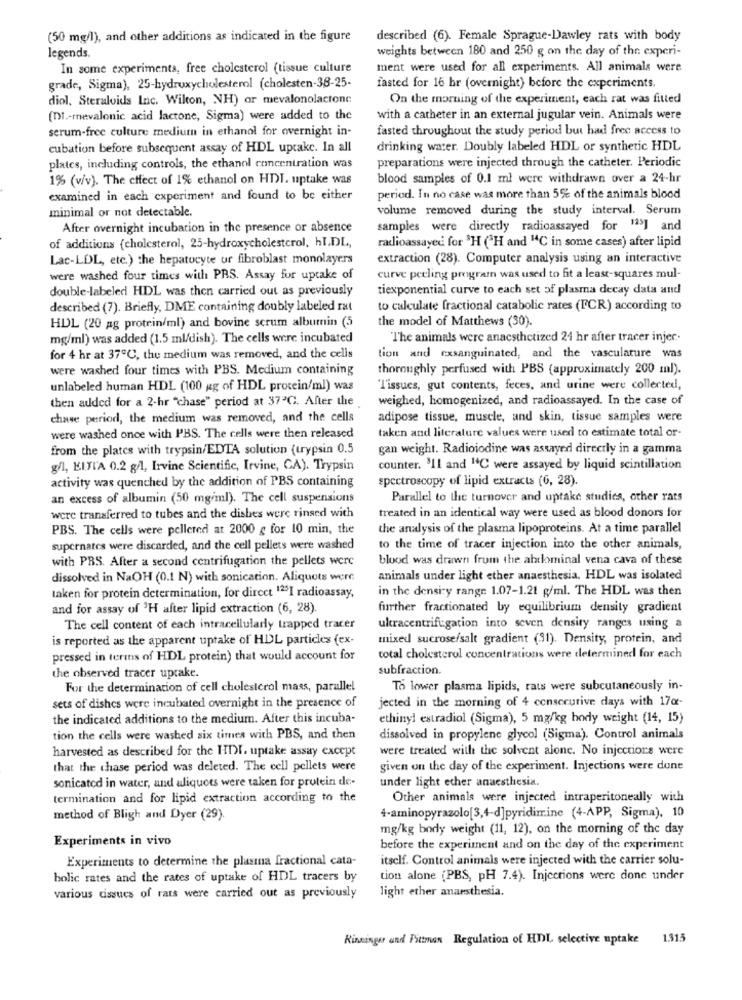
(50 mg/l), and other additions as indicated in the figure
described (6). Female Sprague-Dawley rats with body
legends.
weights between 180 and 250 g on the day of the experi-
In some experiments, free cholesterol (tissue culture
ment were used for all experiments. All animals were
grade, Sigma), 25-hydroxycholesterol (cholesten-38-25-
fasted for 16 hr (overnight) before the experiments.
diol, Steralvids Inc. Wilton, NH) or mevalonolactone
On the morning of the experiment, each rat was fitted
(DI .- mevalonic acid lactone, Sigma) were added to the
with a catheter in an external jugular vein. Animals were
serum-free culture medium in ethanol for overnight in-
fasted throughout the study period but had free access to
cubation before subsequent assay of HDL uptake. In all
drinking water. Doubly labeled HDL or synthetic HDL
preparations were injected through the catheter. Periodic
plates, including controls, the ethanol concentration was
1% (v/v). The effect of 1% ethanol on HDI. uptake was
blood samples of 0.1 ml were withdrawn over a 24-hr
examined in each experiment and found to be either
period. In no case was more than 5% of the animals blood
minimal or not detectable.
volume removed during the study interval. Serum
After overnight incubation in the presence or absence
samples were directly radioassayed for 123] and
of additions (cholesterol, 25-hydroxycholesterol, hl.DL,
radioassayed for "H ("H and "C in some cases) after lipid
Lac-LDL, etc.) the hepatocyte ur fibroblast monolayers
extraction (28). Computer analysis using an interactive
were washed four times with PRS. Assay for uptake of
curve peeling program was used to fit a least-squares mul-
double-labeled HDL was then carried out as previously
tiexponential curve to each set of plasma decay data and
described (7). Briefly, DME containing doubly labeled rat
to calculate fractional catabolic rates (FCR) according to
the model of Matthews (30).
HDL (20 ag protein/ml) and bovine serum albumin (5
mg/ml) was added (1.5 ml/dish). The cells were incubated
The animals were anacsthetized 24 hr after tracer injer.
for 4 hr at 37℃, the medium was removed, and the cells
tion and exsanguinated, and the vasculature was
were washed four times with PBS. Medium containing
thoroughly perfused with PBS (approximately 200 ml).
unlabeled human HDL (100 ug of HDL protein/ml) was
l'issues, gut contents, feces, and urine were collected,
then added for a 2-hr "chase" period at 37"℃. After the
weighed, homogenized, and radioassayed. In the case of
chase period, the medium was removed, and the cells
adipose tissue, muscle, and skin, tissue samples were
taken and literature values were used to estimate total or-
were washed once with PBS. The cells were then released
from the plates with trypsin/EDTA solution (trypsin 0.5
gan weight. Radioiodine was assayed directly in a gamma
g/l, EITTA 0.2 g/l, Irvine Scientific, Irvine, CA). Trypsin
counter. 3IL and "C were assayed by liquid scintillation
spectroscopy of lipid extracts (6, 28).
activity was quenched by the addition of PBS containing
an excess of albumin (50 mg/ml). The cell suspensions
Parallel to the turnover and uptake studies, other rats
were transferred to tubes and the dishes were rinsed with
treated in an identical way were used as blood donors for
PBS. The cells were pellered at 2000 g for 10 min, the
the analysis of the plasma lipoproteins. At a time parallel
supernates were discarded, and the cell pellets were washed
to the time of tracer injection into the other animals,
with PBS. After a second centrifugation the pellets were
blood was drawn from the abdominal vena cava of these
dissolved in NaOH (0.1 N) with sonication. Aliquots were
animals under light ether anaesthesia. HDL was isolated
in the density range: 1.07-1.21 g/ml. The HDL was then
taken for protein determination, for direct 12"I radioassay,
and for assay of 'H after lipid extraction (6, 28).
further fractionated by equilibrium density gradient
The cell content of each intracellularly trapped tracer
ultracentrifugation into seven density ranges using a
is reported as the apparent uptake of HDL particles (ex-
mixed sucrose/salt gradient (31). Density, protein, and
pressed in terms of HDL protein) that would account for
total cholesterol concentrations were determined for each
subfraction.
the observed tracer uptake.
For the determination of cell cholesterol mass, parallel
To lower plasma lipids, rats were subcutaneously in-
jected in the morning of 4 consecutive days with 17or-
sets of dishes were incubated overnight in the presence of
the indicated additions to the medium. After this incuba-
ethinyl estradiol (Sigma), 5 mg/kg body weight (14, 15)
tion the cells were washed six times with PBS, and then
dissolved in propylene glycol (Sigma). Control animals
harvested as described for the IIDI, uptake assay except
were treated with the solvent alone. No injections were
that the chase period was deleted. The cell pellets were
given on the day of the experiment. Injections were done
sonicated in water, and aliquots were taken for protein de-
under light echer anaesthesia.
termination and for lipid extraction according to the
Other animals were injected intraperitoneally with
method of Bligh and Dyer (29).
4-aminopyrazolo[3,4-d]pyridimine (4-APP, Sigma). 10
mg/kg body weight (11, 12), on the morning of the day
Experiments in vivo
before the experiment and on the day of the experiment
Experiments to determine the plasma fractional cata-
itself. Control animals were injected with the carrier solu-
holic rates and the rates of uptake of HDL tracers by
tion alone (PBS, pH 7.4). Injections were done under
light ether anaesthesia.
various cissues of rats were carried out as previously
Kinninger and Pittman Regulation of HDI, selective uptake 1.315